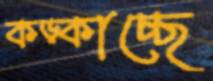
কড়্‌কাচ্ছে